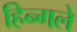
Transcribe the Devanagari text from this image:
हिन्गले